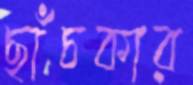
ছাঁচকার